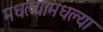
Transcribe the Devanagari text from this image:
मधल्यामधल्या